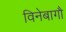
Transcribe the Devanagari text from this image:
विनेबागौ